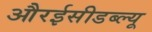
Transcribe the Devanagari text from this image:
औरईसीडब्ल्यू